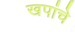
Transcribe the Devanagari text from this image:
खपांचे